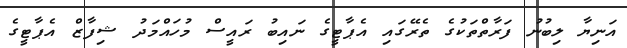
އަނިޔާ ލިބުނު ފަރާތްތަކުގެ ތެރޭގައި އެޕާޓީގެ ނައިބު ރައީސް މުހައްމަދު ޝިފާޒް އެޕާޓީގެ